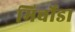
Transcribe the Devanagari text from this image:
मिर्चोडा